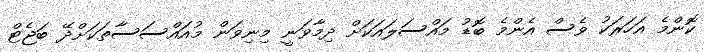
ކޮންމެ އަހަރަކު ވެސް އެންމެ ބޮޑު މައްސަލައަކަށް ދިމާވަނީ މިނިވަން މުއައްސަސާތަކަށްދޭ ބަޖެޓް